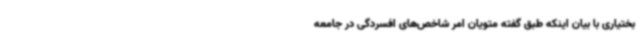
بختیاری با بیان اینکه طبق گفته متویان امر شاخص‌های افسردگی در جامعه